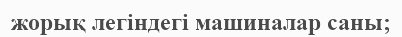
жорық легіндегі машиналар саны;